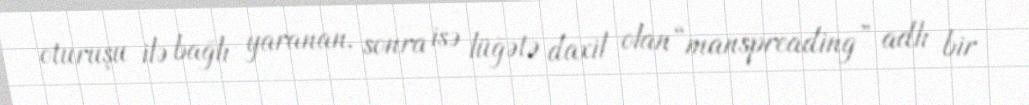
oturuşu ilə bağlı yaranan, sonra isə lüğətə daxil olan “manspreading” adlı bir